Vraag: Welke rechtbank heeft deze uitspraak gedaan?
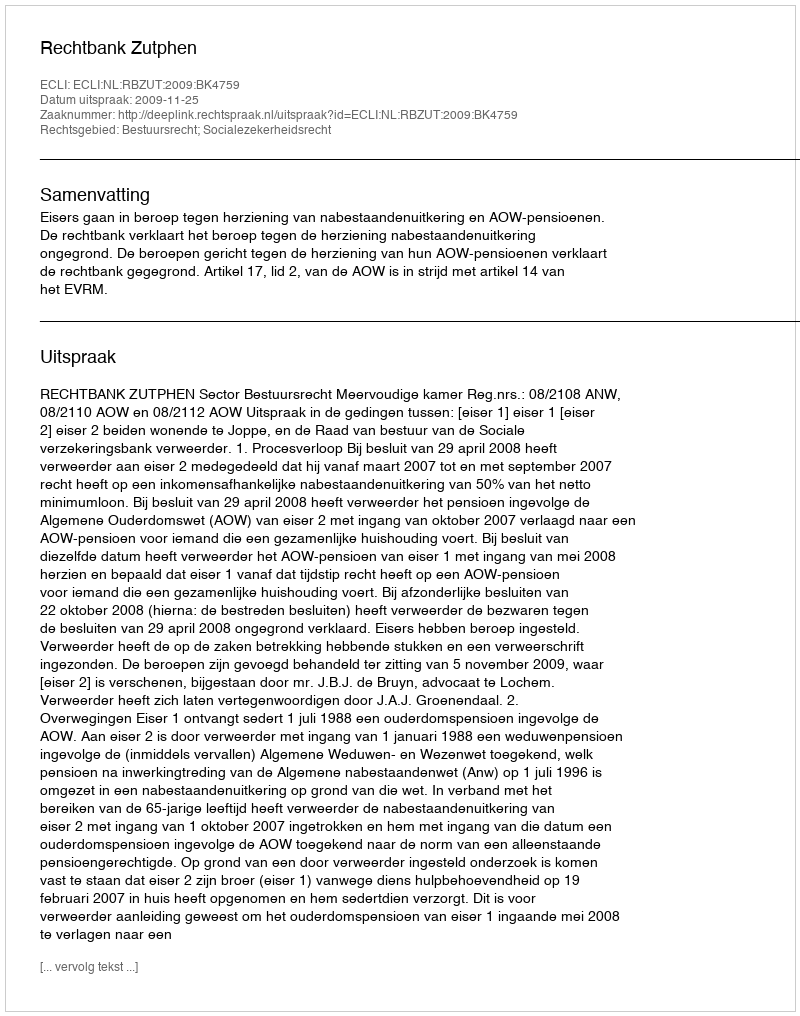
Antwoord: Rechtbank Zutphen